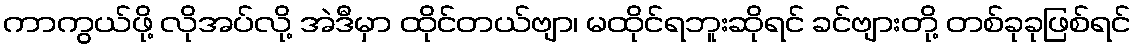
ကာကွယ်ဖို့ လိုအပ်လို့ အဲဒီမှာ ထိုင်တယ်ဗျာ၊ မထိုင်ရဘူးဆိုရင် ခင်ဗျားတို့ တစ်ခုခုဖြစ်ရင်